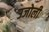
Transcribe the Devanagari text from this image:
उजोली